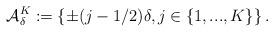
LaTeX: \begin{align*} \mathcal{A}^K_{\delta}:=\left\{\pm (j-1/2)\delta, j\in\{1,...,K\}\right\}.\end{align*}